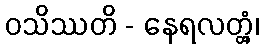
ဝသိဿတိ - နေရလတ္တံ့၊